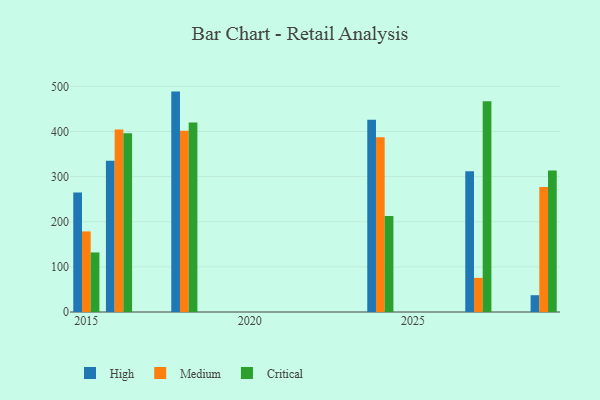
{"axis": {"x": "Year", "y": "Humidity (%)"}, "legend": ["Critical", "High", "Medium"], "data": [{"x": "2029", "y": 37.2, "type": "High"}, {"x": "2029", "y": 277.2, "type": "Medium"}, {"x": "2029", "y": 313.8, "type": "Critical"}, {"x": "2027", "y": 312.1, "type": "High"}, {"x": "2027", "y": 75.6, "type": "Medium"}, {"x": "2027", "y": 467.1, "type": "Critical"}, {"x": "2024", "y": 425.9, "type": "High"}, {"x": "2024", "y": 387.5, "type": "Medium"}, {"x": "2024", "y": 212.9, "type": "Critical"}, {"x": "2016", "y": 334.9, "type": "High"}, {"x": "2016", "y": 404.4, "type": "Medium"}, {"x": "2016", "y": 396.1, "type": "Critical"}, {"x": "2015", "y": 264.6, "type": "High"}, {"x": "2015", "y": 178.6, "type": "Medium"}, {"x": "2015", "y": 132.0, "type": "Critical"}, {"x": "2018", "y": 488.4, "type": "High"}, {"x": "2018", "y": 401.9, "type": "Medium"}, {"x": "2018", "y": 419.9, "type": "Critical"}]}